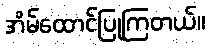
အိမ်ထောင်ပြုကြတယ်။